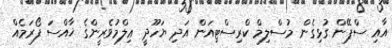
އާއި ސްޕޭން ގުޅިގެން މުސްލިމް ކްރިސްޓިއަން އަދި ޔަހޫދީ ޢިލްމުވެރީންގެ ޚާއްސަ ފޯރަމެއް